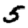
Digit: 5